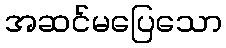
အဆင်မပြေသော